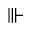
\Vvdash